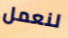
لنعمل